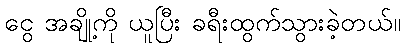
ငွေ အချို့ကို ယူပြီး ခရီးထွက်သွားခဲ့တယ်။